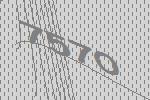
7570